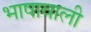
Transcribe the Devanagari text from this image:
भाषावाली